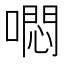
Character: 𭊳